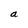
Character: a